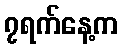
၇ရက်နေ့က